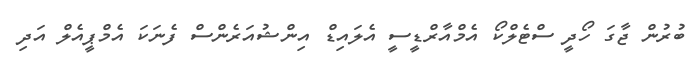
ބުރުން ޖާގަ ހޯދީ ސްޓެލްކޯ އެމްއާރްޑީސީ އެލައިޑް އިންޝުއަރެންސް ފެނަކަ އެމްޕީއެލް އަދި